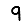
Digit: 9